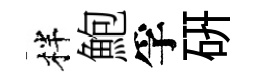
柈鮑孚硏